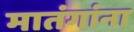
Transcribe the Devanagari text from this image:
मातंगांना